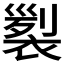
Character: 𧛵